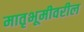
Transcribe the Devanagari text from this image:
मातृभूमीवरील